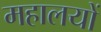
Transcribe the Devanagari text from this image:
महालयों